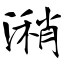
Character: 潲